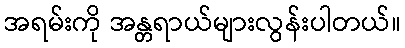
အရမ်းကို အန္တရာယ်များလွန်းပါတယ်။